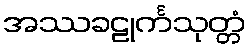
အဿခဠုင်္ကသုတ္တံ